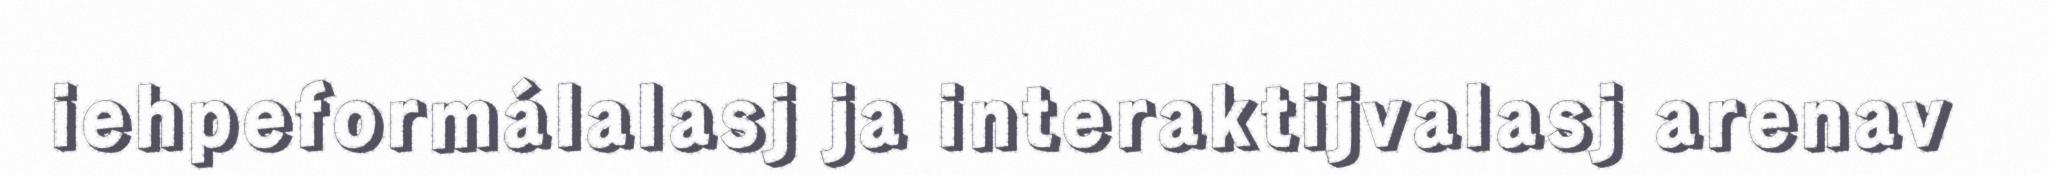
iehpeformálalasj ja interaktijvalasj arenav